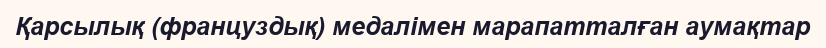
Қарсылық (француздық) медалімен марапатталған аумақтар